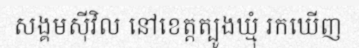
សង្គមស៊ីវិល នៅខេត្តត្បូងឃ្មុំ រកឃើញ